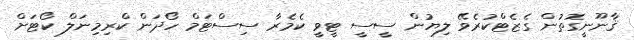
ޤާނޫނީގޮތުން ގެޒެޓްކުރެވޭ ލިޔުން ސީސީ ޓީވީ ކެމެރާ ސިސްޓަމް ހޯދަން ކްރިމިނަލް ކޯޓަށް